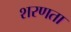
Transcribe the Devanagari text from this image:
शरणता